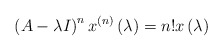
\begin{align*}\left( A-\lambda I\right) ^{n}x^{\left( n\right) }\left( \lambda\right)=n!x\left( \lambda\right) \end{align*}